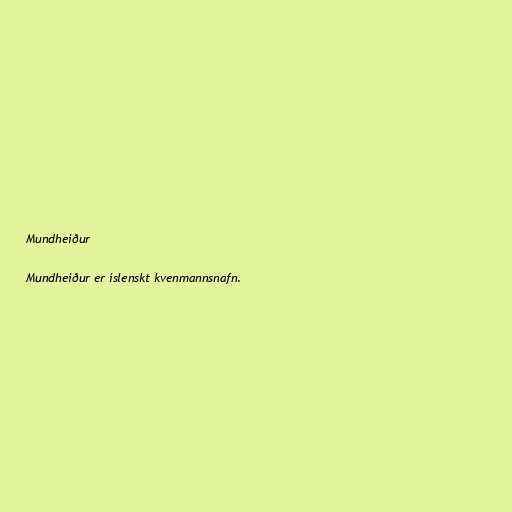
Mundheiður

Mundheiður er íslenskt kvenmannsnafn.